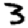
Digit: 3